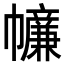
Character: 𢅳